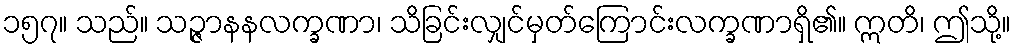
၁၅၇။ သည်။ သဉ္ဇာနနလက္ခဏာ၊ သိခြင်းလျှင်မှတ်ကြောင်းလက္ခဏာရှိ၏။ ဣတိ၊ ဤသို့။